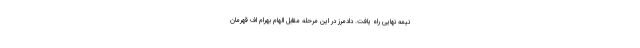
نیمه نهایی راه یافت. دادمرز در این مرحله مقابل الهام بهرام اف قهرمان